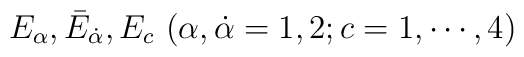
E_{\alpha}, {\bar E}_{\dot \alpha}, E_{c}\ (\alpha,\dot \alpha=1,2;c=1,\cdots,4)